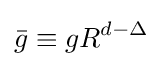
{\bar {g}}\equiv gR^{d-\Delta }